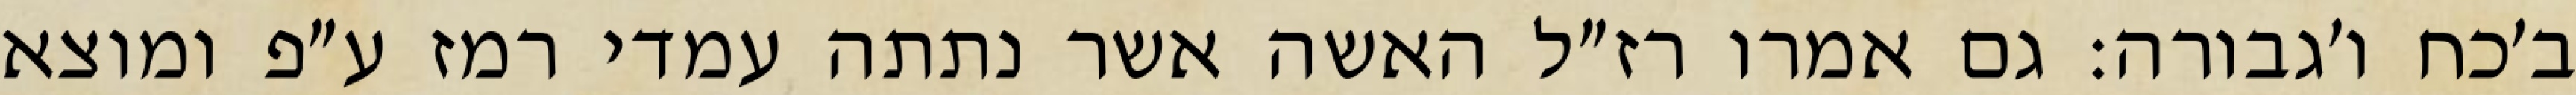
ב׳כח ו׳גבורה: גם אמרו רז״ל האשה אשר נתתה עמדי רמז ע״פ ומוצא